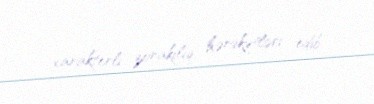
xarakterli zorakılıq hərəkətləri edib.